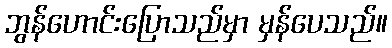
ဘွန်ဟောင်းပြောသည်မှာ မှန်ပေသည်။